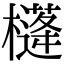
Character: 𣝘